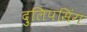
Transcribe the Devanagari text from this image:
दुलिपसिंग